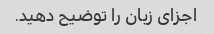
اجزای زبان را توضیح دهید.